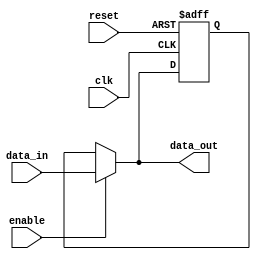
module level_sensitive_latch (
    input wire clk,
    input wire reset,
    input wire enable,
    input wire data_in,
    output reg data_out
);

reg stored_data;

always @(posedge clk or posedge reset) begin
    if (reset) begin
        stored_data <= 1'b0;
    end else begin
        if (enable) begin
            stored_data <= data_in;
        end
    end
end

assign data_out = enable ? data_in : stored_data;

endmodule